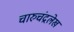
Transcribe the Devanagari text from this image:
चारुचंद्रलेख